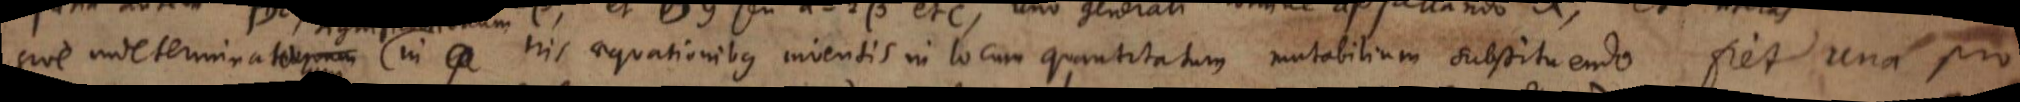
sive indeterminationum in his aequationibus inventis in locum quantitatum mutabilium substituendo fiet una pro